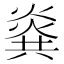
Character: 𰟎